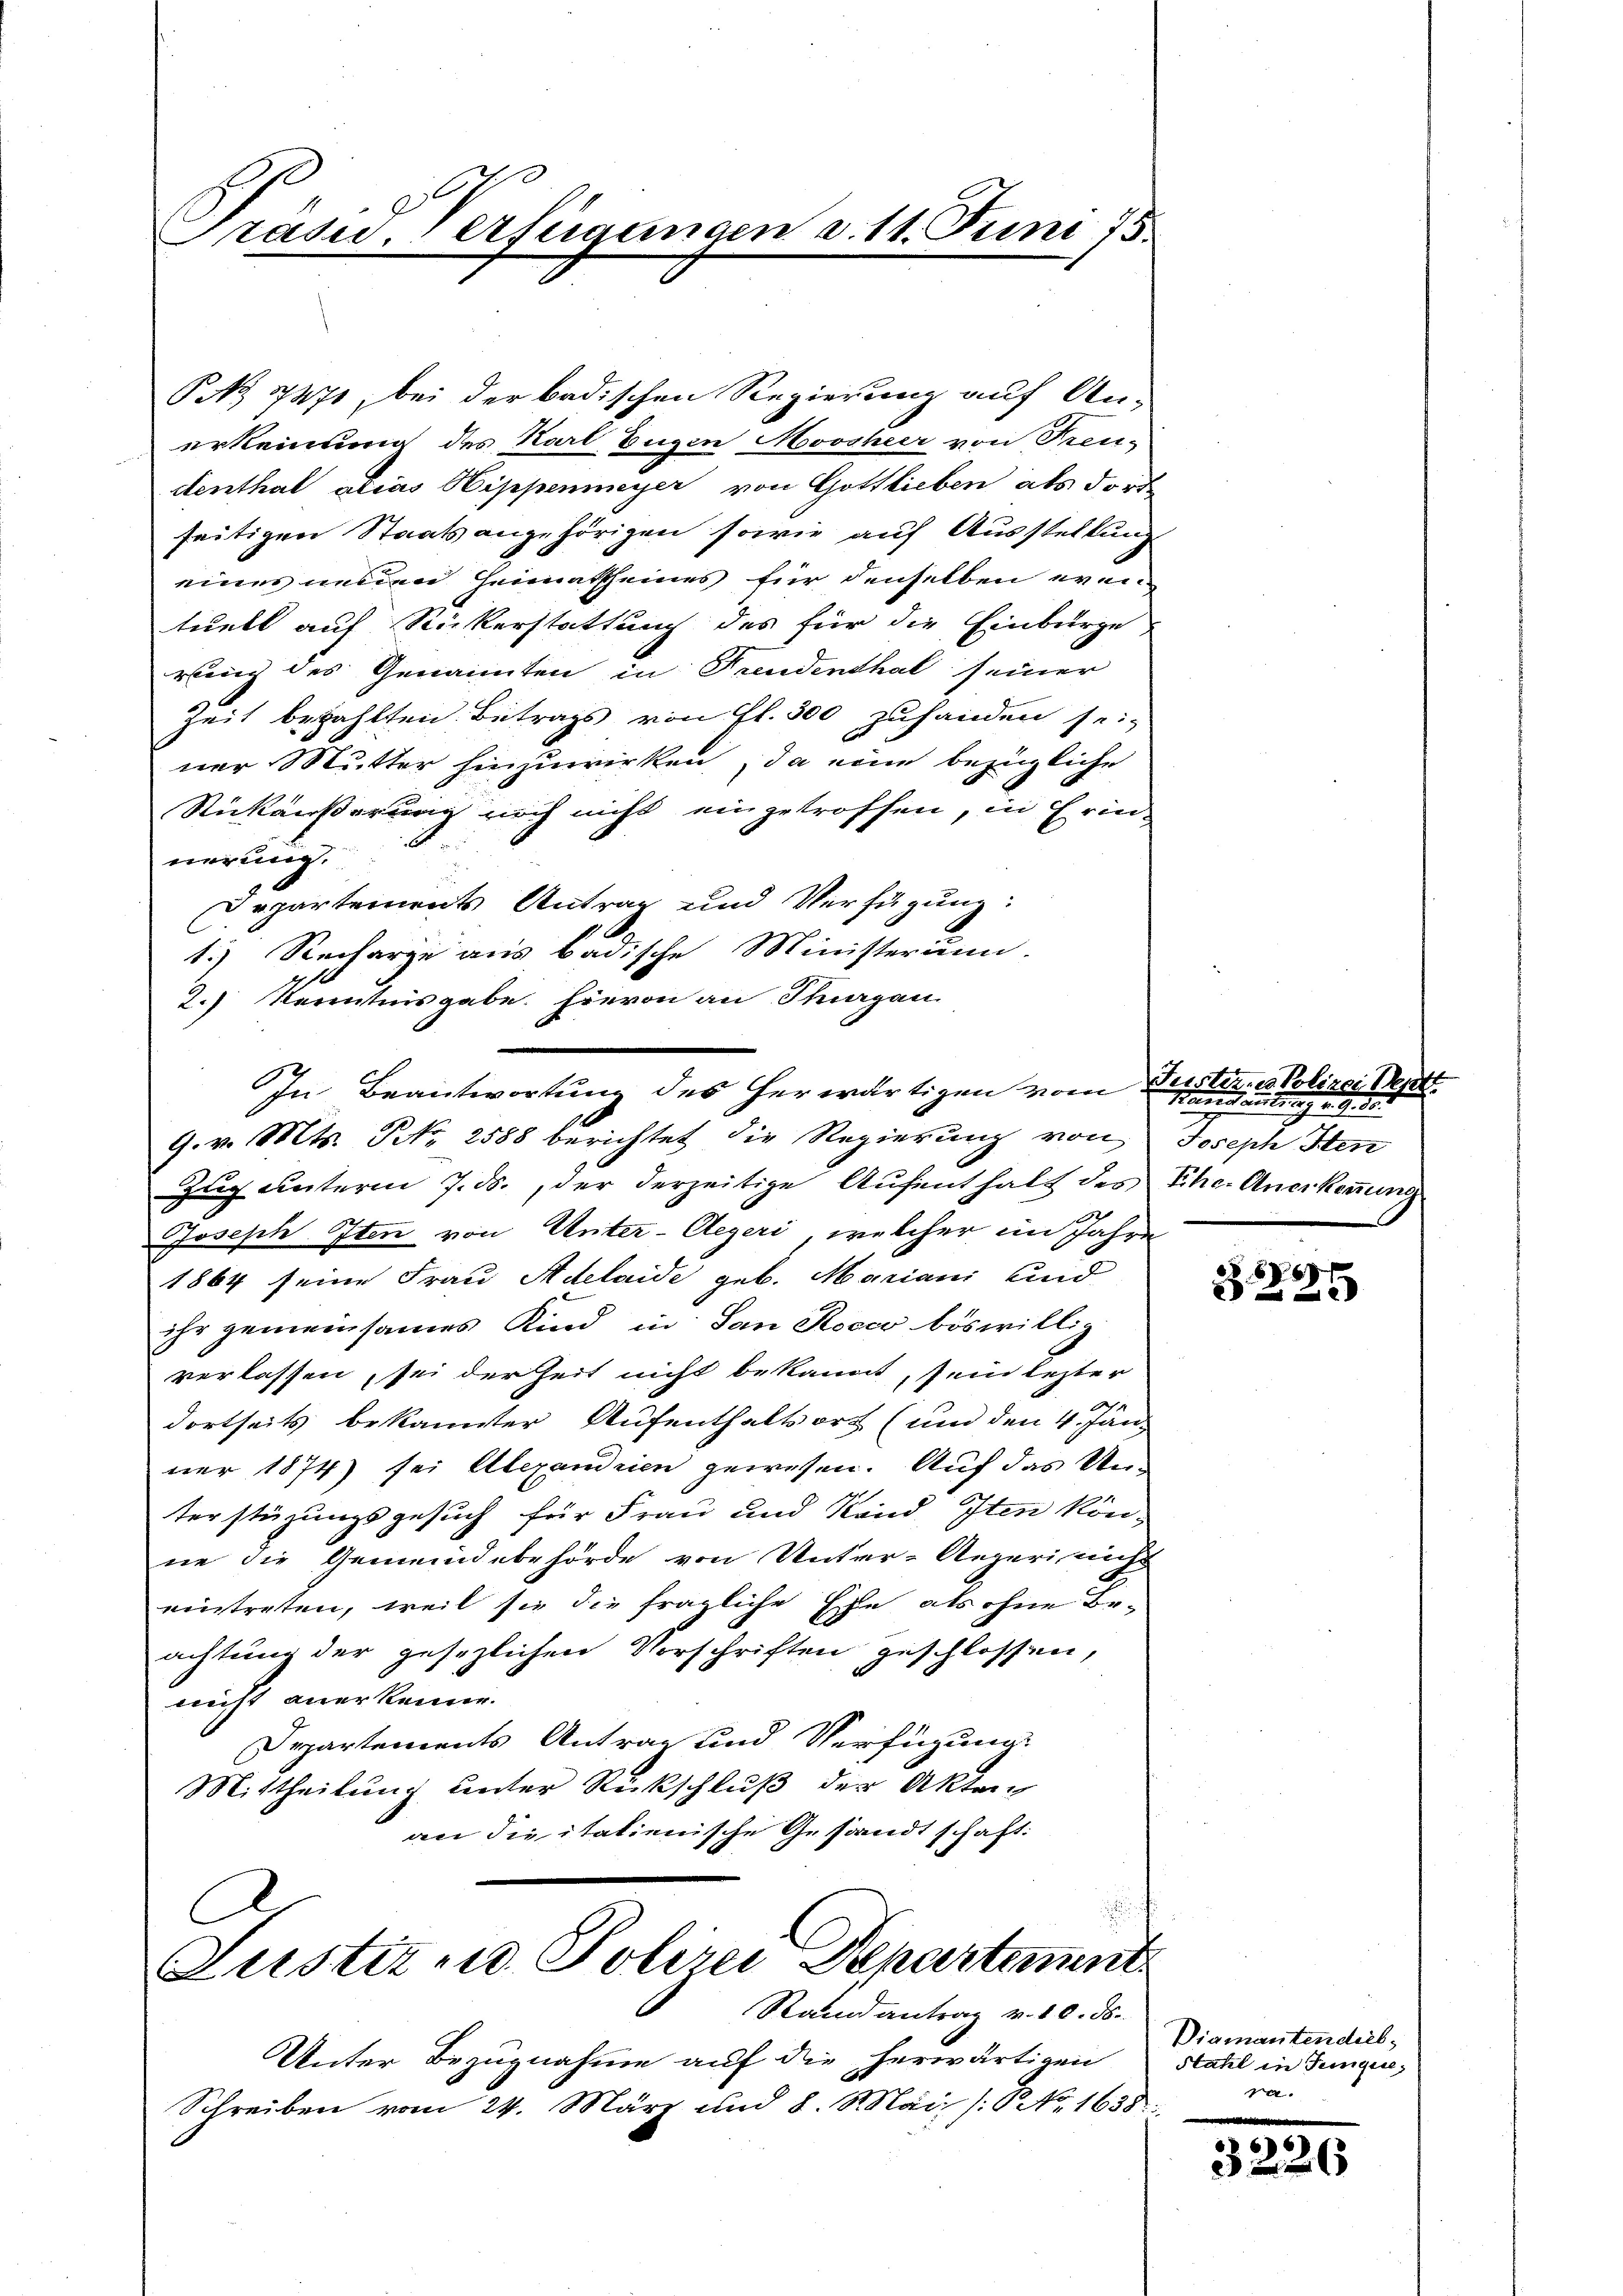
C
Justiz und Polizei Departement
Rand antrag v. 10. ds.

rasid Verfügungen d. 11. Juni 18
e

P 771, bei der badischen Regierung auf An-
erkennung des Karl Eugen Moosheer von Treudenthal alias Hippenmeyer von Gottlieben als dort
seitigen Staatsangehörigen sowie auf Ausstellung
eines neuen Heimatseines für denselben even
tuell auf Rickerstattung des für die Einbürge
rung des Genannten in Freudenthal seiner
Zeit bezahlten Betrags von fl. 300 zuhanden sei,
ner Mutter hinzuwirken, da eine bezügliche
Rückäußerung noch nicht eingetroffen, in Erin-
nerung.
Departements Antrag und Verfügung:
C
1.) Recharge aus badische Ministerium.
2.) Kenntnisgabe. Hievon an Thurgan
G. v. Mts. NNo. 2588 berichtet die Regierung von Joseph Sten
Zug unterm 7. ds., der derzeitige Aufenthalt des Ehe. Anerkennung
Joseph Iten von Unter-Aegeri, welcher im Jahre
1864 seine Frau Adelaide geb. Mariani und
ihr gemeinsames Kind in San Roccs böswillig
verlassen, sei der Zeit nicht bekannt, sein lezter
dortseits bekannter Aufenthaltsort (und den 4. Jän
ner 1874) sei Alexandrien gewesen. Auf das Unterstüzungsgesuch für Frau und Rand Iten könne die Gemeindebehörde von Unter-Aegeri nicht
eintreten, weil sie die fragliche Ehe als ohne Beachtung der gesezlichen Vorschriften geschlossen,
nicht anerkennen.
Departements Antrag und Verfügung.
Mittheilung unter Rückschluß der Akten
an die italienische Gesandtschaft:

In Beantwortung des herwärtigen vom Fertine Polizei Dep

Unter Bezugnahme auf die herwärtigen Stahel in Jungen,
Schreiben vom 24. März und 8. Mai /: No 1635.

Manstantung u. d. 3.

5
325

Diamantendieb
ra.

35

6